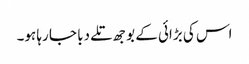
اس کی بڑائی کے بوجھ تلے دبا جا رہا ہو۔